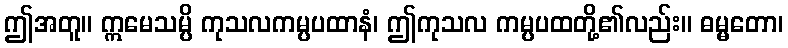
ဤအတူ။ ဣမေသမ္ပိ ကုသလကမ္ပပထာနံ၊ ဤကုသလ ကမ္ပပထတို့၏လည်း။ ဓမ္မတော၊